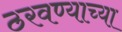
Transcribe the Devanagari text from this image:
ठरवण्याच्या